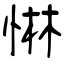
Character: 惏